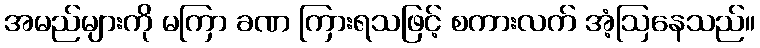
အမည်များကို မကြာ ခဏ ကြားရသဖြင့် စကားလက် အံ့ဩနေသည်။